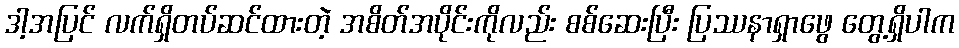
ဒါ့အပြင် လက်ရှိတပ်ဆင်ထားတဲ့ အစိတ်အပိုင်းကိုလည်း စစ်ဆေးပြီး ပြဿနာရှာဖွေ တွေ့ရှိပါက